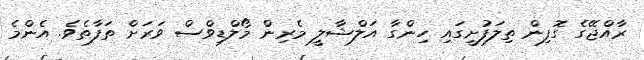
ރާއްޖޭގެ ގޮފިން ތިލަފުށީގައި ހިންގާ އަލްޝާލީ މެރިން މޯލްޑިވްސް ވަރަށް ތަފާތެވެ. އެންމެ